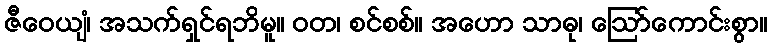
ဇီဝေယျံ၊ အသက်ရှင်ရဘိမူ။ ဝတ၊ စင်စစ်။ အဟော သာဓု၊ ဩော်ကောင်းစွာ။